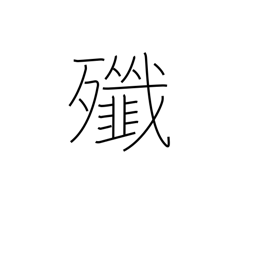
Meaning: massacre